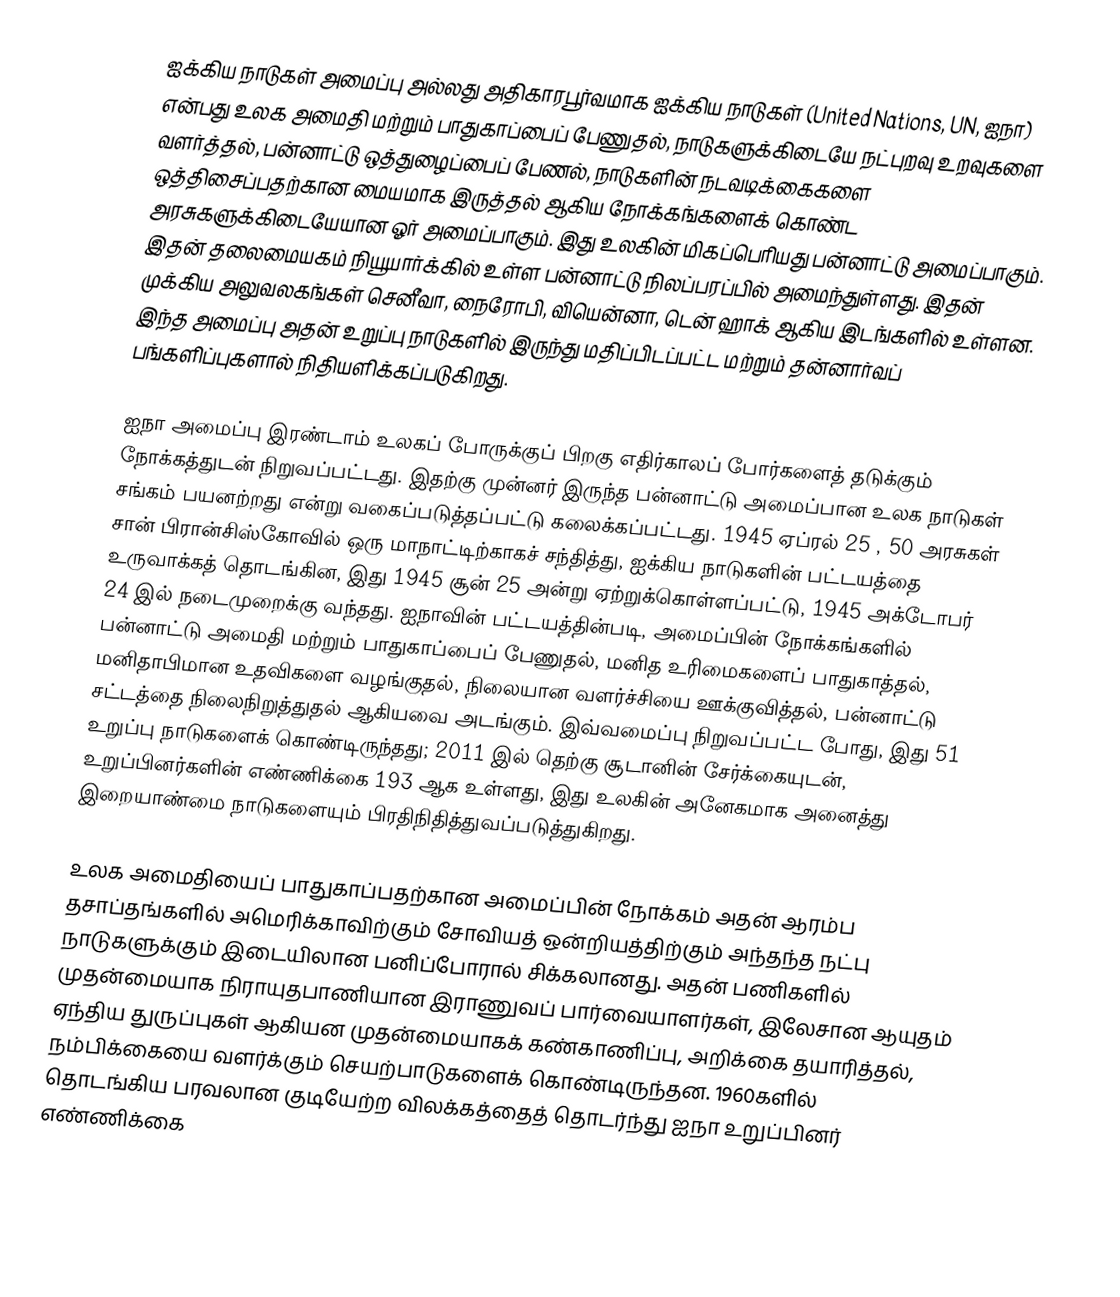
ஐக்கிய நாடுகள் அமைப்பு அல்லது அதிகாரபூர்வமாக ஐக்கிய நாடுகள் (United Nations, UN, ஐநா) என்பது உலக அமைதி மற்றும் பாதுகாப்பைப் பேணுதல், நாடுகளுக்கிடையே நட்புறவு உறவுகளை வளர்த்தல், பன்னாட்டு ஒத்துழைப்பைப் பேணல், நாடுகளின் நடவடிக்கைகளை ஒத்திசைப்பதற்கான மையமாக இருத்தல் ஆகிய நோக்கங்களைக் கொண்ட அரசுகளுக்கிடையேயான ஓர் அமைப்பாகும். இது உலகின் மிகப்பெரியது பன்னாட்டு அமைப்பாகும். இதன் தலைமையகம் நியூயார்க்கில் உள்ள பன்னாட்டு நிலப்பரப்பில் அமைந்துள்ளது. இதன் முக்கிய அலுவலகங்கள் செனீவா, நைரோபி, வியென்னா, டென் ஹாக் ஆகிய இடங்களில் உள்ளன. இந்த அமைப்பு அதன் உறுப்பு நாடுகளில் இருந்து மதிப்பிடப்பட்ட மற்றும் தன்னார்வப் பங்களிப்புகளால் நிதியளிக்கப்படுகிறது.

ஐநா அமைப்பு இரண்டாம் உலகப் போருக்குப் பிறகு எதிர்காலப் போர்களைத் தடுக்கும் நோக்கத்துடன் நிறுவப்பட்டது. இதற்கு முன்னர் இருந்த பன்னாட்டு அமைப்பான உலக நாடுகள் சங்கம் பயனற்றது என்று வகைப்படுத்தப்பட்டு கலைக்கப்பட்டது. 1945 ஏப்ரல் 25 , 50 அரசுகள் சான் பிரான்சிஸ்கோவில் ஒரு மாநாட்டிற்காகச் சந்தித்து, ஐக்கிய நாடுகளின் பட்டயத்தை உருவாக்கத் தொடங்கின, இது 1945 சூன் 25 அன்று ஏற்றுக்கொள்ளப்பட்டு, 1945 அக்டோபர் 24 இல் நடைமுறைக்கு வந்தது. ஐநாவின் பட்டயத்தின்படி, அமைப்பின் நோக்கங்களில் பன்னாட்டு அமைதி மற்றும் பாதுகாப்பைப் பேணுதல், மனித உரிமைகளைப் பாதுகாத்தல், மனிதாபிமான உதவிகளை வழங்குதல், நிலையான வளர்ச்சியை ஊக்குவித்தல், பன்னாட்டு சட்டத்தை நிலைநிறுத்துதல் ஆகியவை அடங்கும். இவ்வமைப்பு நிறுவப்பட்ட போது, இது 51 உறுப்பு நாடுகளைக் கொண்டிருந்தது; 2011 இல் தெற்கு சூடானின் சேர்க்கையுடன், உறுப்பினர்களின் எண்ணிக்கை 193 ஆக உள்ளது, இது உலகின் அனேகமாக அனைத்து இறையாண்மை நாடுகளையும் பிரதிநிதித்துவப்படுத்துகிறது.

உலக அமைதியைப் பாதுகாப்பதற்கான அமைப்பின் நோக்கம் அதன் ஆரம்ப தசாப்தங்களில் அமெரிக்காவிற்கும் சோவியத் ஒன்றியத்திற்கும் அந்தந்த நட்பு நாடுகளுக்கும் இடையிலான பனிப்போரால் சிக்கலானது. அதன் பணிகளில் முதன்மையாக நிராயுதபாணியான இராணுவப் பார்வையாளர்கள், இலேசான ஆயுதம் ஏந்திய துருப்புகள் ஆகியன முதன்மையாகக் கண்காணிப்பு, அறிக்கை தயாரித்தல், நம்பிக்கையை வளர்க்கும் செயற்பாடுகளைக் கொண்டிருந்தன. 1960களில் தொடங்கிய பரவலான குடியேற்ற விலக்கத்தைத் தொடர்ந்து ஐநா உறுப்பினர் எண்ணிக்கை